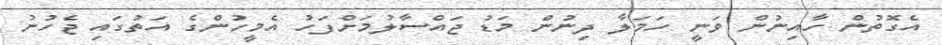
އެގޮތުން ހާއިނުން ވަނީ ހަމަލާ ދިނުން މަޑު ޖައްސާލުމަށްފަހު އެމީހުންގެ އަތުގައި ޖެހުނު